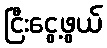
ငြီးငွေ့ဖွယ်